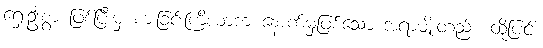
ရှေးဦးစွာ ဖြစ်ပြီးမှ စားခြင်းကြိယာက နောက်မှဖြစ်သော အရာမျိုးတည်း၊ ထို့ပြင်